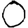
Digit: 0